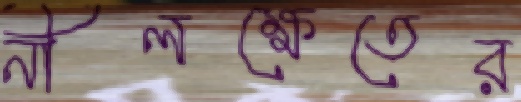
নীলক্ষেতের